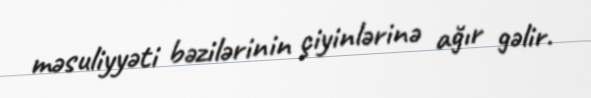
məsuliyyəti bəzilərinin çiyinlərinə ağır gəlir.